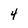
Character: 4